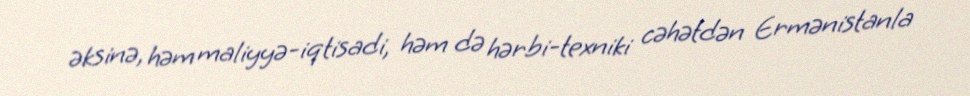
əksinə, həm maliyyə-iqtisadi, həm də hərbi-texniki cəhətdən Ermənistanla